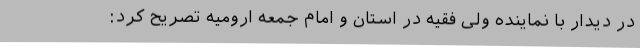
در دیدار با نماینده ولی فقیه در استان و امام جمعه ارومیه تصریح کرد: